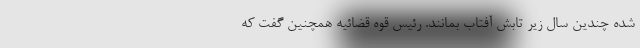
شده چندین سال زیر تابش آفتاب بمانند. رئیس قوه قضائیه همچنین گفت که